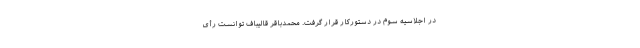
در اجلاسیه سوم در دستورکار قرار گرفت. محمدباقر قالیباف توانست رأی